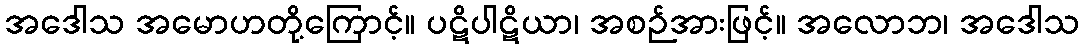
အဒေါသ အမောဟတို့ကြောင့်။ ပဋိပါဋိယာ၊ အစဉ်အားဖြင့်။ အလောဘ၊ အဒေါသ